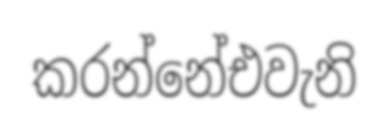
කරන්නේඑවැනි